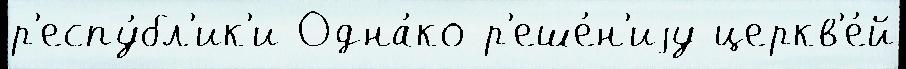
р'еспу́бл'ик'и Одна́ко р'еше́н'иjу церкв'е́й